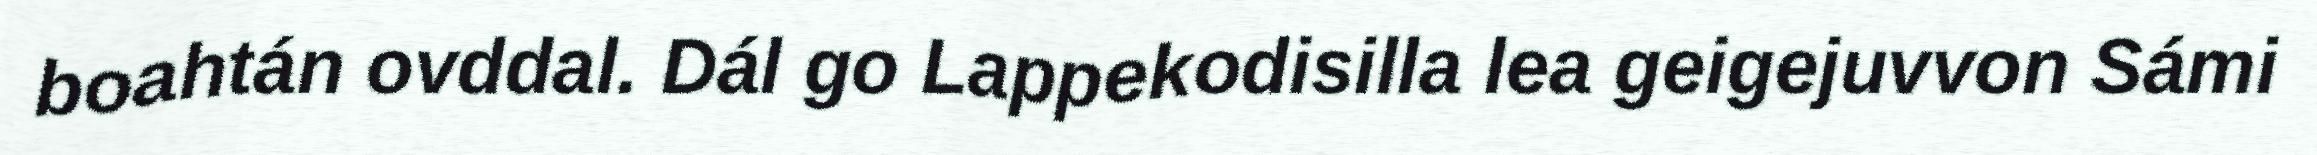
boahtán ovddal. Dál go Lappekodisilla lea geigejuvvon Sámi